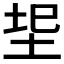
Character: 𭎐